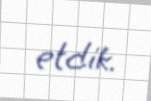
etdik.